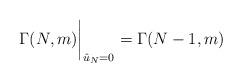
LaTeX: \begin{align*}\Gamma(N,m) \bigg\vert_{{\hat u}_N=0} = \Gamma(N-1,m)\end{align*}